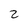
Character: 2